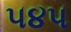
૫૪૫